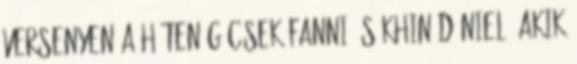
versenyen a héten Gécsek Fanni és Khin Dániel, akik